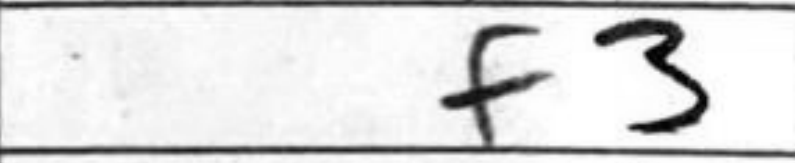
Transcription: f3